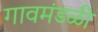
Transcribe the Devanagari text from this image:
गावमंडळी